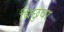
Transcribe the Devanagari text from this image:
बिछुवा